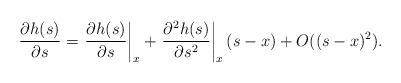
LaTeX: \begin{align*}\begin{aligned}\dfrac{\partial h(s)}{\partial s} &= \left.\dfrac{\partial h(s)}{\partial s}\right|_x + \left.\dfrac{\partial^2 h(s)}{\partial s^2}\right|_x(s-x)+ O((s-x)^2).\\\end{aligned}\end{align*}